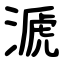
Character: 㴲